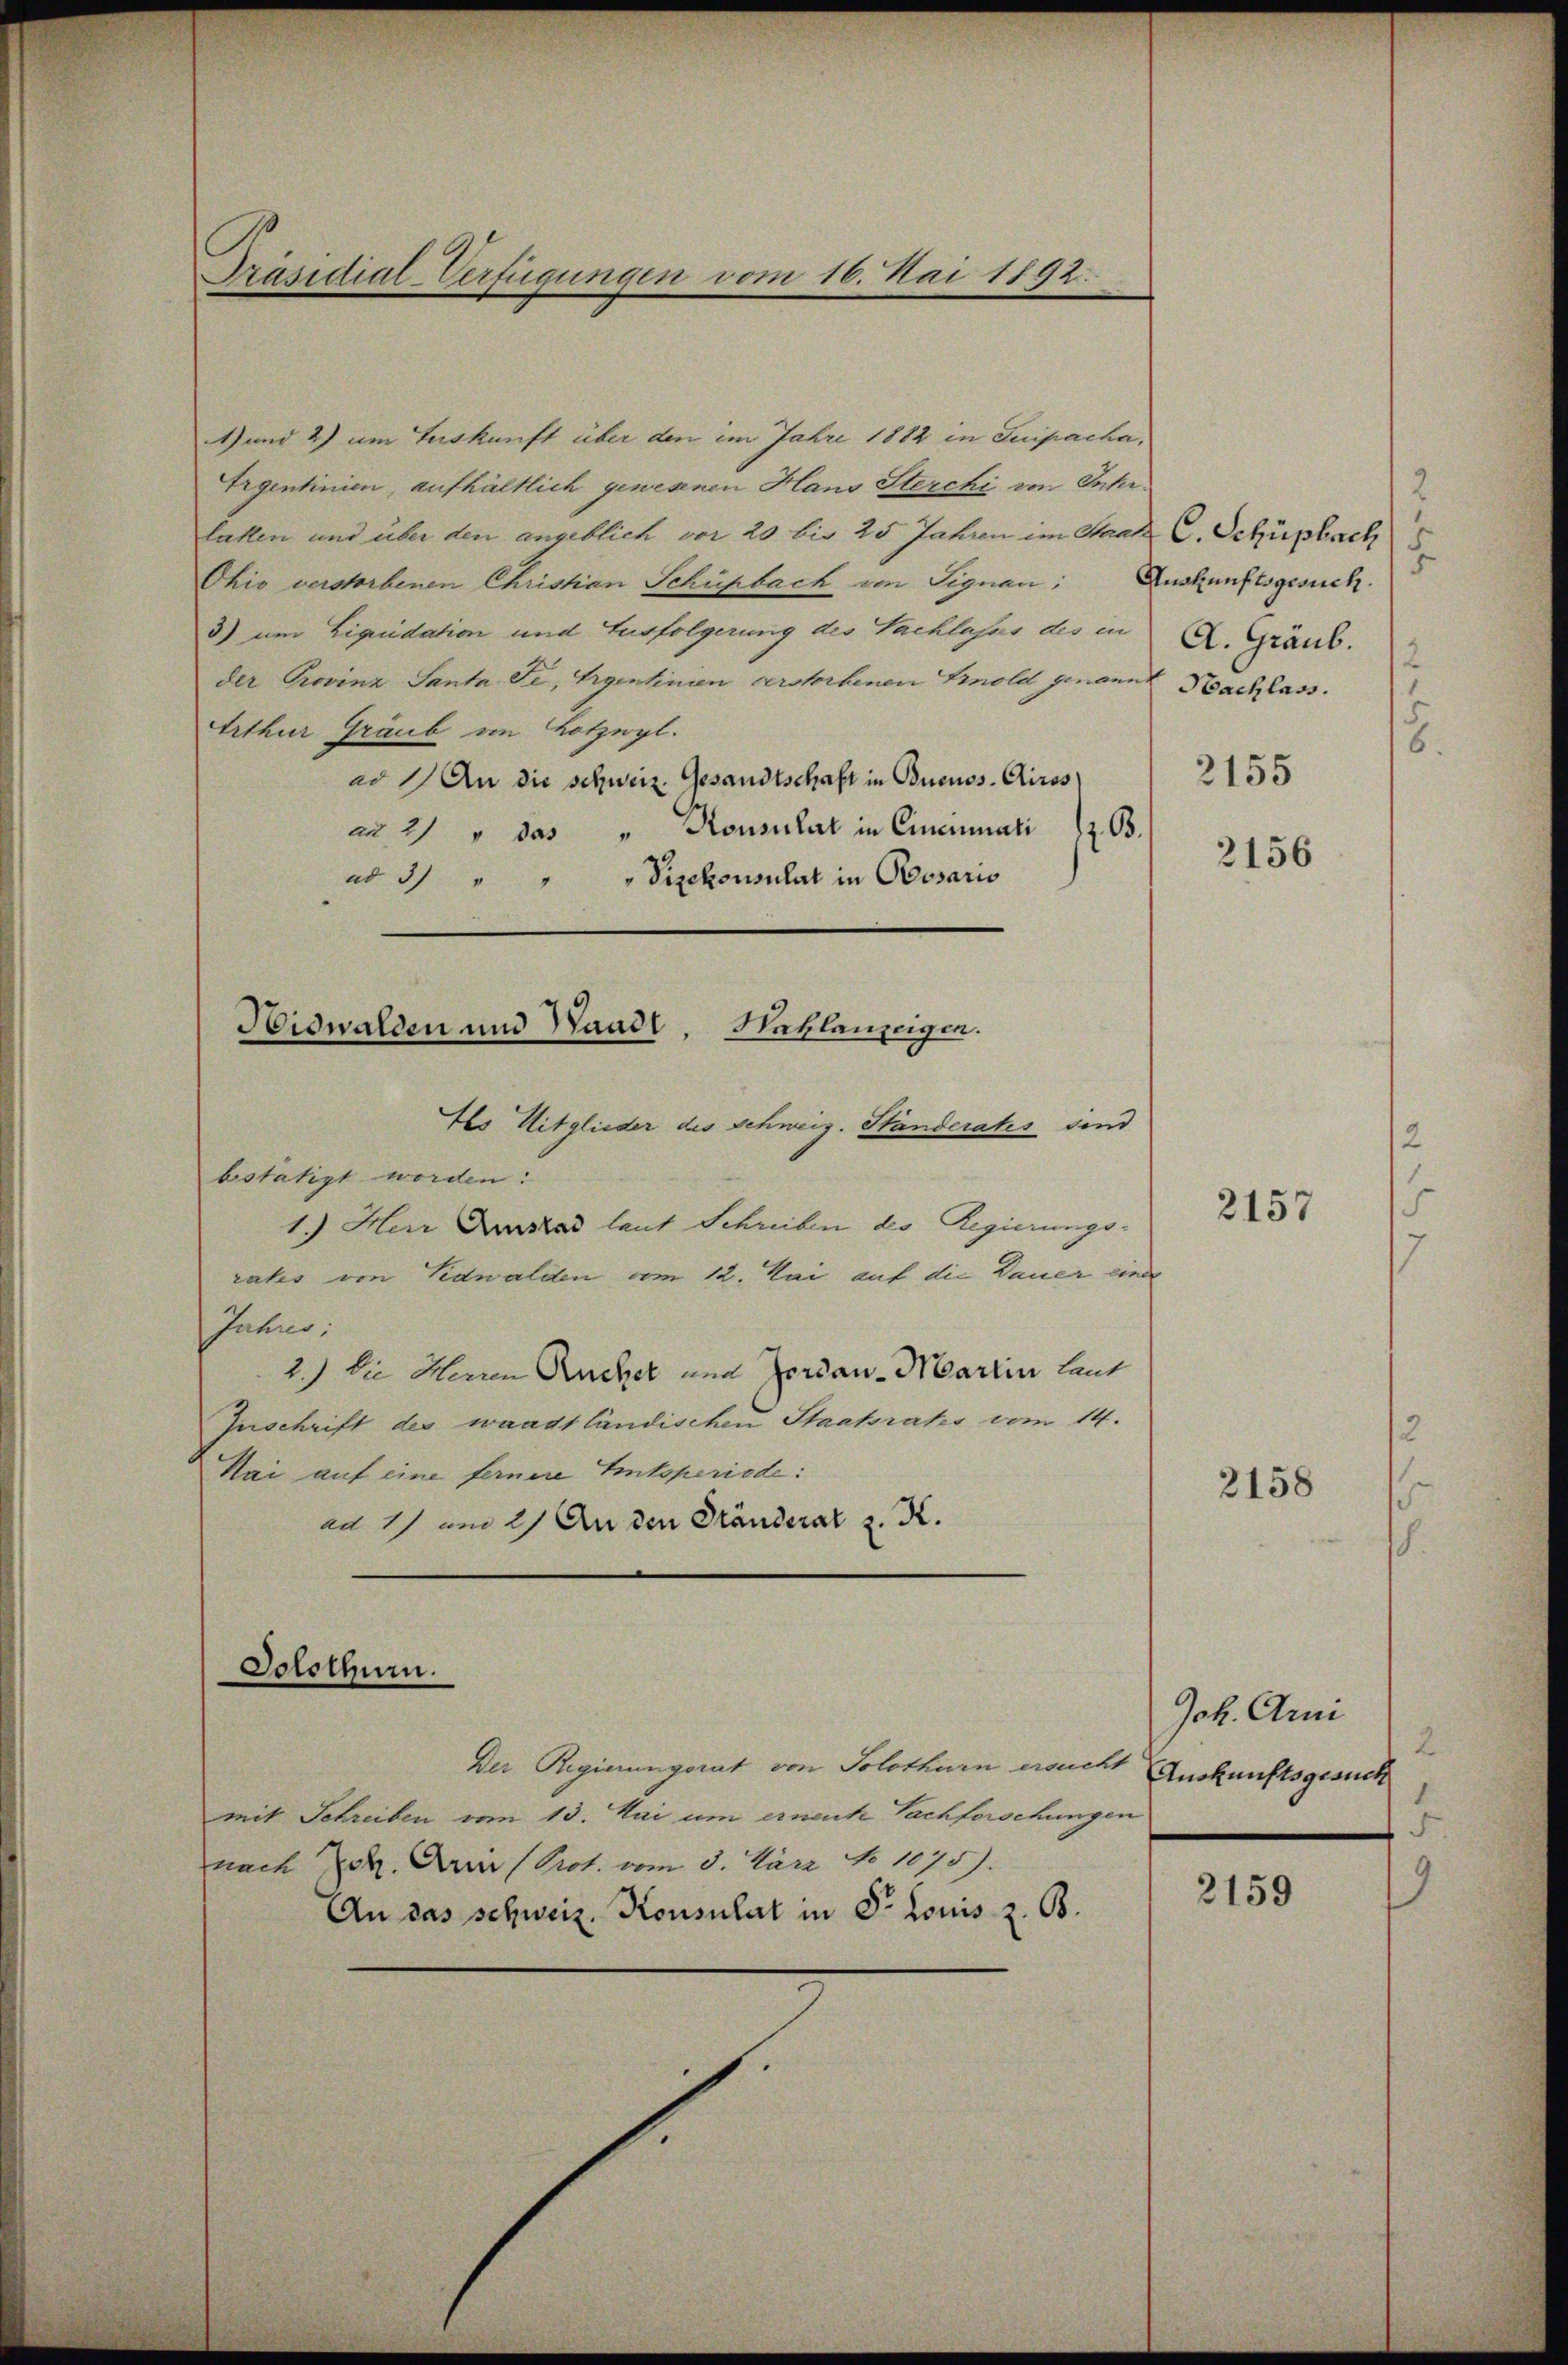
Präsidial-Verfügungen vom 16. Mai 1892.

4) und 2) um Auskunft über den im Jahre 1882 in Suipacha,
Irgentinien, aufhältlich gewesenen Hans Sterchi im Intr
latten und über den angeblich vor 20 bis 25 Jahren im Stand C. Schüpfach S.
Chio verstorbenen Christian Schüpbach von Signan; Auskunftsgesuch.
3) um Liquidation und Ausfolgerung des Sachlasses des in A. Gräub.
der Provinz Santa Fe, Agentinien verstorbenen Arnold genannt Nachlass.
Arthur Graub im Lotzegl.
ad  An die schweiz. Gesandtschaft in Buenos Aires 2155
B.
a 2) " das " Konsulat in Cincinati
ad 3 " " " Pischonsulat in Obosario
Ils Mitglieder des Schweiz. Ständerats sind
bstätigt worden:
1.) Herr Anstad laut Schreiben des Regierungsrates von Nidwalden vom 12. Mai auf die Dauer eine
Jahres,
2.) Die Herren Ruchel und Zorian Martin laut
Zuschrift des waadtländischen Staatsrates vom 14.
Nai auf eine fernere Entsperiede:
ad 17 und 2) An den Ständerat z. K.

Nidwalden und Waadt, Neklenzeigen.

Der Regierungsrat von Solothurn ersucht Auskunftsgesuch
mit Schreiben vom 13. Mai um ernach Sachforschung
nach u. Ain (Prot. vom 3. März No 1075).
An das schweiz. Konsulat in Dr. Louis z. B.

Solothurn.

2156

2157

2158

Joh. Arni
an

2159